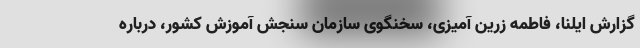
گزارش ایلنا، فاطمه زرین آمیزی، سخنگوی سازمان سنجش آموزش کشور، درباره